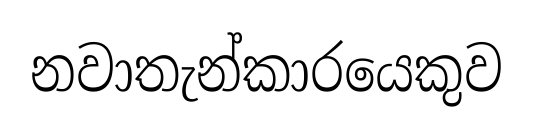
නවාතැන්කාරයෙකුව